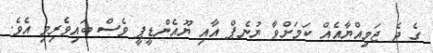
ގެ ދެ ޖަމިއްޔާއެއް ކަމަށްވާ ޔުނެޕް އާއި ޔޫއެންޑީޕީ ވެސް ބައިވެރިވި އެވެ.